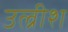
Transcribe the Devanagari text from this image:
उल्रीश